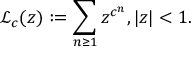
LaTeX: { \mathcal { L } } _ { c } ( z ) : = \sum _ { n \geq 1 } z ^ { c ^ { n } } , | z | < 1 .